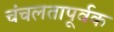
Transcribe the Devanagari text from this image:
चंचलतापूर्वक